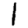
Digit: 1